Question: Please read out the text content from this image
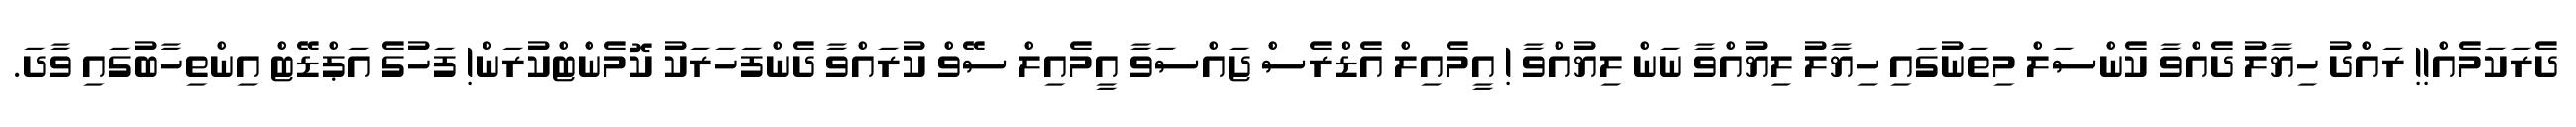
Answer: ދެރަކަމެއް!! ރައްދު ހިޔާލު ދެއްވާ ކެންސަލް މިތަނުގައި ހިޔާލު ލިޔުއްވާ ނަން ލިޔުއްވާ ! އީމެއިލް އެޑްރެސް ޖައްސަވާ އީމެއިލް ސޭވް ކުރައްވާ ދެންފަހަރަކު ކޮމެންޓްކުރަން! ފަހުގެ އަޕްޑޭޓް އިންތިހާބުގައި ވާދަ.